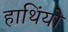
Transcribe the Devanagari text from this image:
हाथिंयो